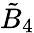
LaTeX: {\tilde{B}}_{4}